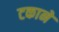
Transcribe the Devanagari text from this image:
टकाने